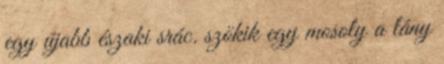
egy újabb északi srác. szökik egy mosoly a lány